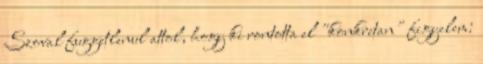
Szoval fuggetlenul attol, hogy ki rontotta el "konkretan" figyelem: